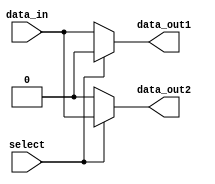
module demux_1to2 (
    input wire data_in,
    input wire select,
    output reg data_out1,
    output reg data_out2
);

always @(*) begin
    data_out1 = (select == 1'b0) ? data_in : 1'b0;
    data_out2 = (select == 1'b1) ? data_in : 1'b0;
end

endmodule